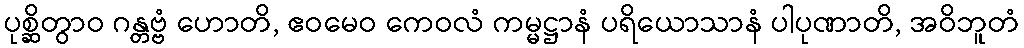
ပုစ္ဆိတွာဝ ဂန္တဗ္ဗံ ဟောတိ, ဧဝမေဝ ကေဝလံ ကမ္မဋ္ဌာနံ ပရိယောသာနံ ပါပုဏာတိ, အဝိဘူတံ